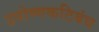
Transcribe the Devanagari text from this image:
उपोष्णकटिबंध